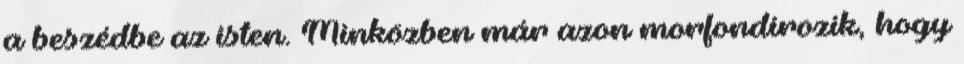
a beszédbe az isten. Minközben már azon morfondírozik, hogy